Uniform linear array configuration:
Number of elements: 24
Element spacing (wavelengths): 0.5
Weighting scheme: hann
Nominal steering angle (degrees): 60
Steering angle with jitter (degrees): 61.469
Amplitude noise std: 0.05
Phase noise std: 0.05

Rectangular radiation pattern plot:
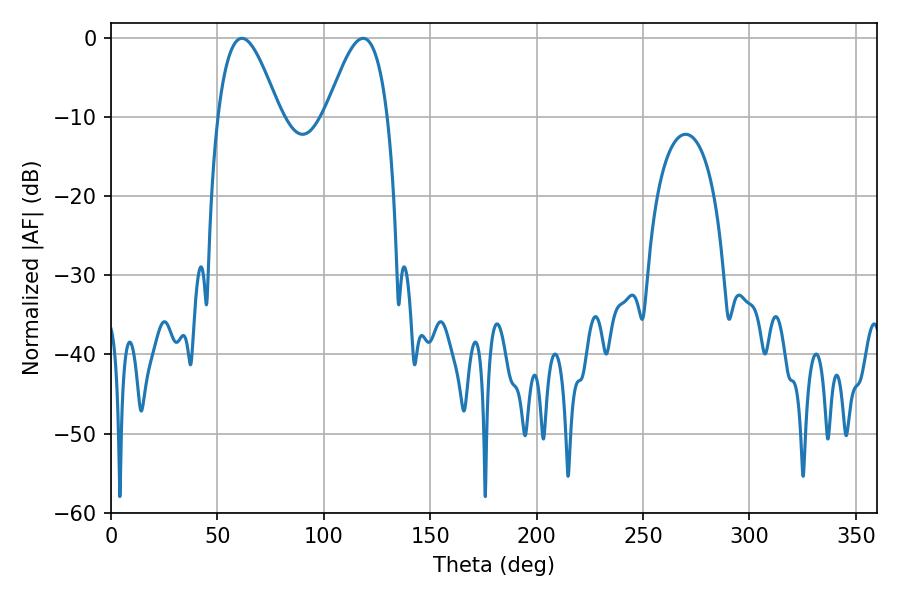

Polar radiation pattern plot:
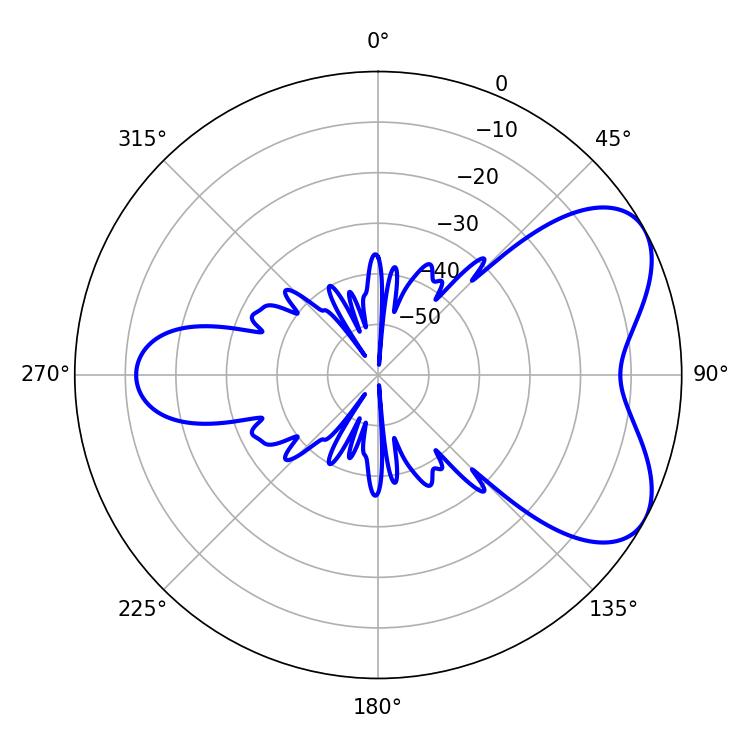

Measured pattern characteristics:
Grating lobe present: FALSE
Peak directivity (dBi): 5.787
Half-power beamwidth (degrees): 15.66
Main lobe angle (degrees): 61.56